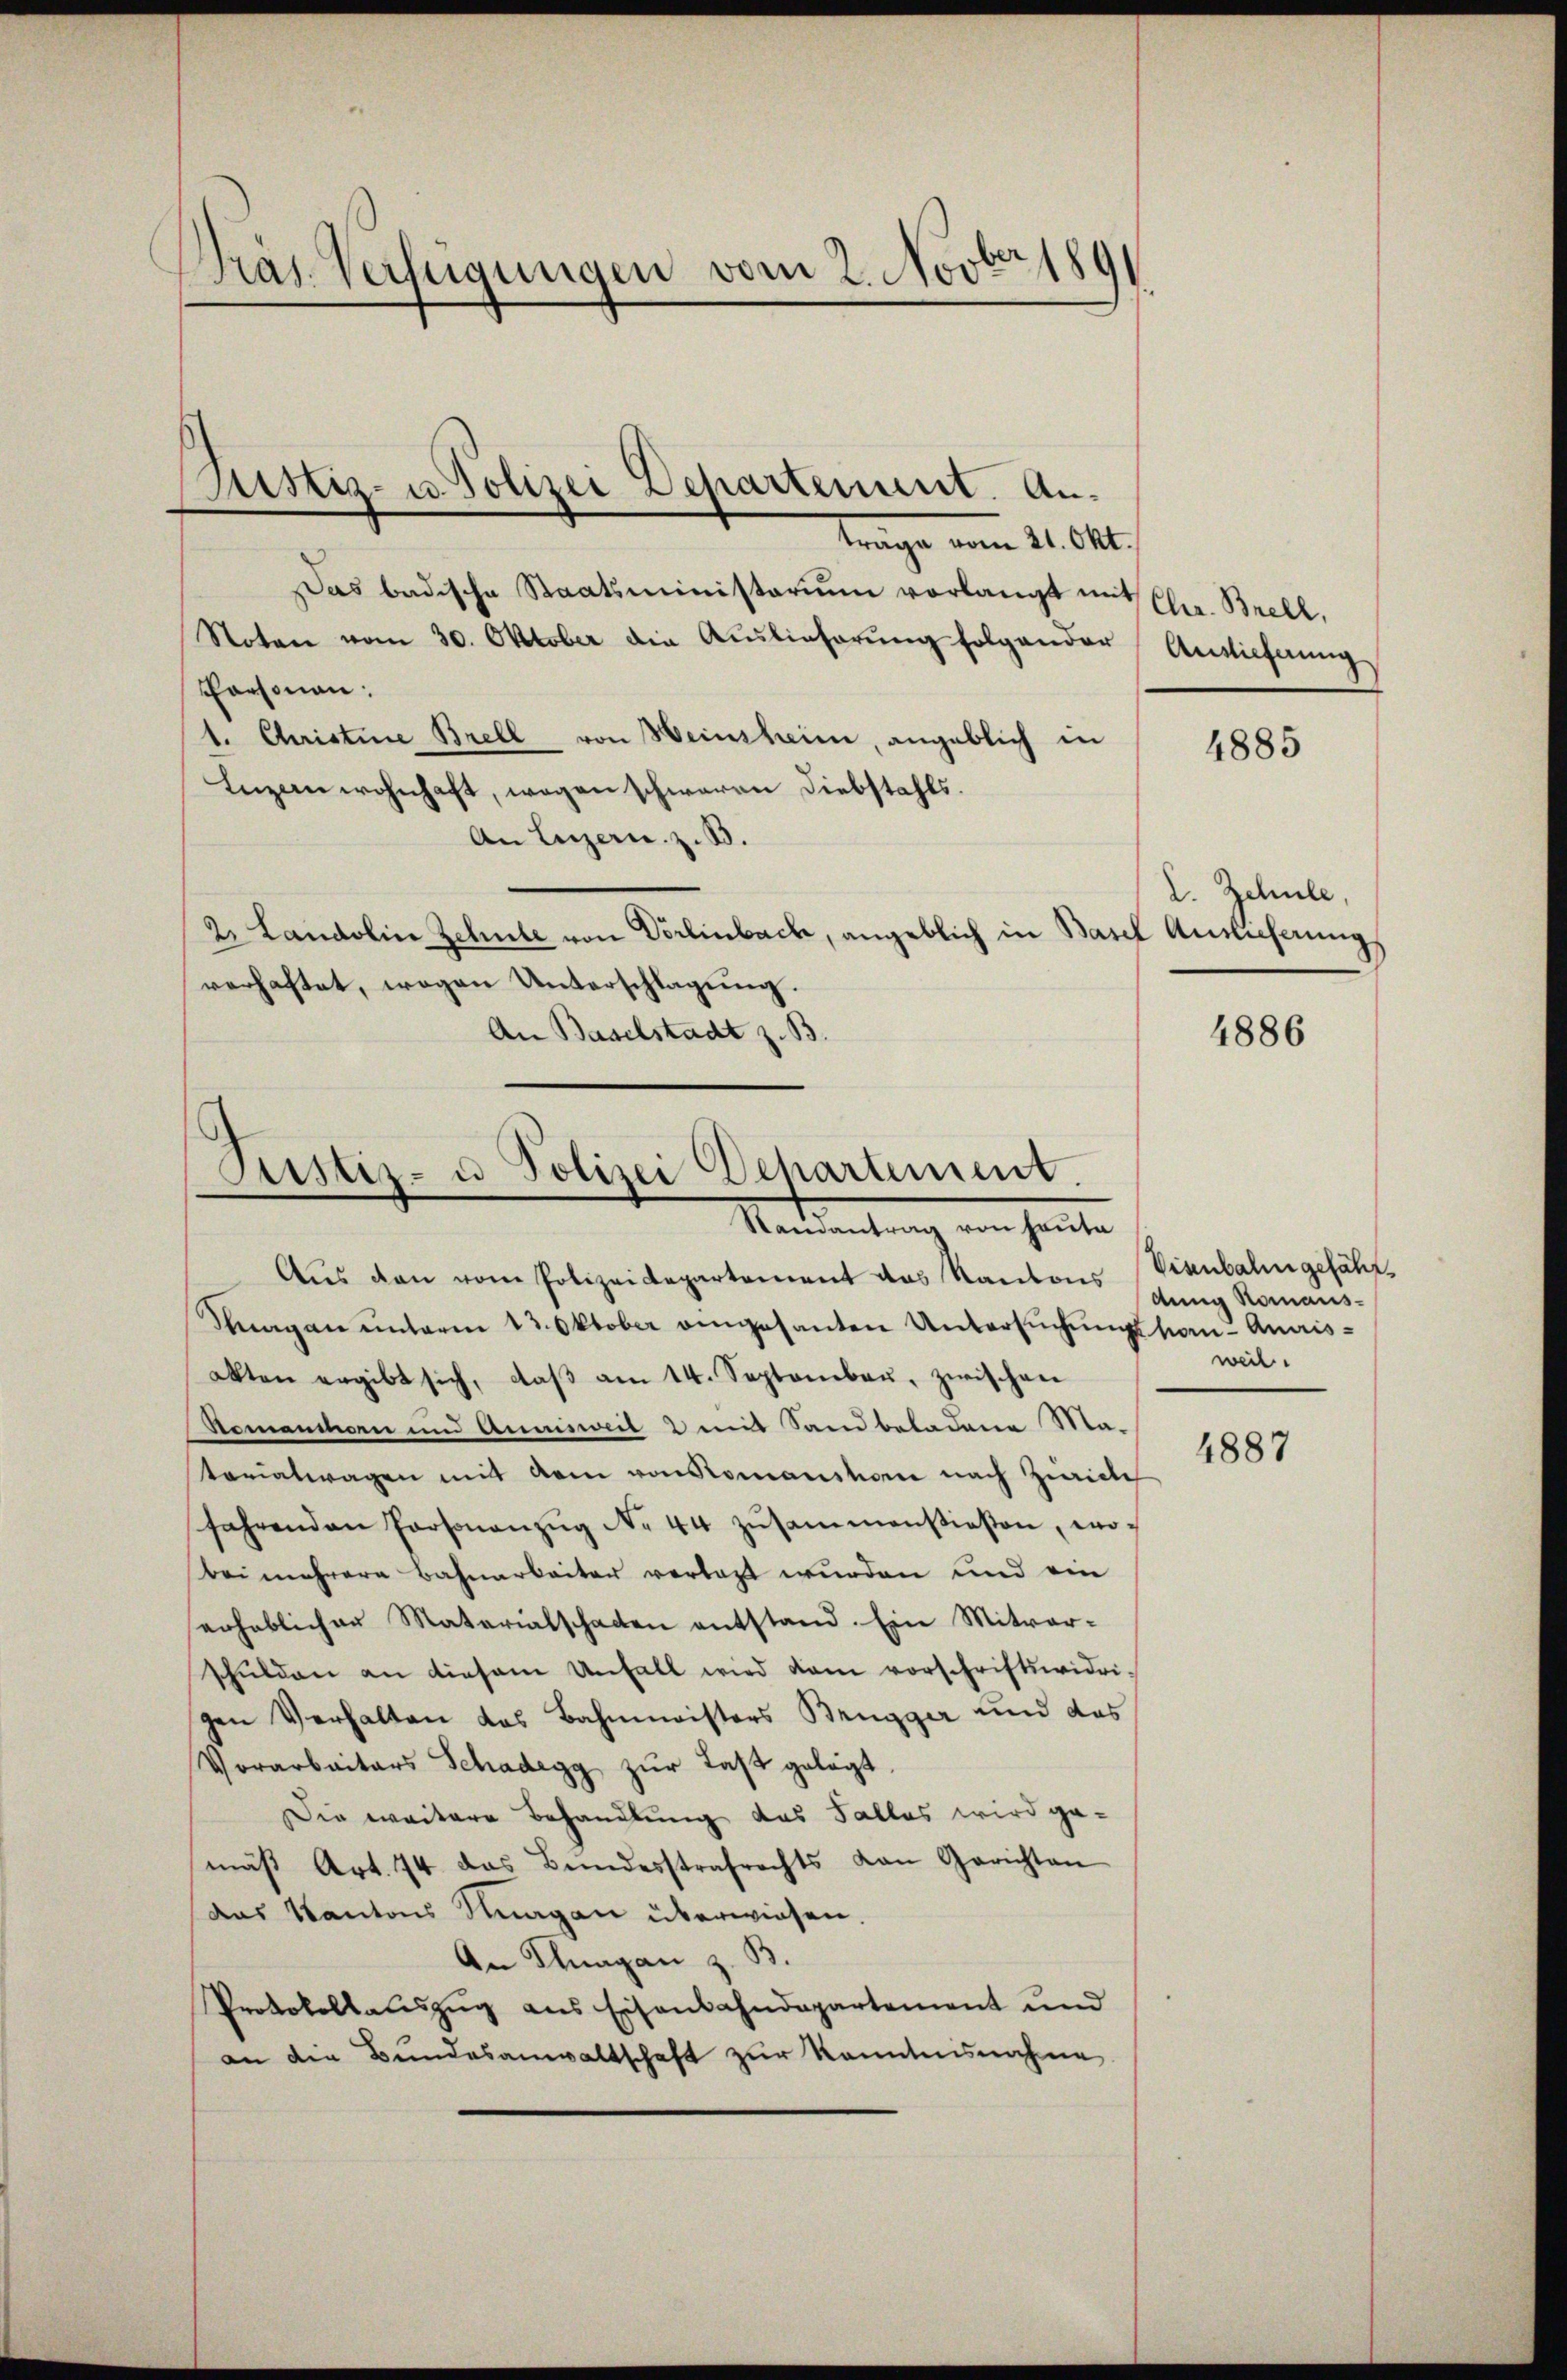
Präs. Verfügungen vom 2. Novbr 189

Das badische Staatsministerium vorlangt mit Chr. Brell,
Noten vom 30. Oktober die Auslieferŭng folgender Auslieferung
Personau:
1. Christine Brell von Heinsheim, angeblich in  4885
Inzen wohnhaft, wegen schweren Diebstahls.
An Luzern, z. B.
2. Landolin Zehnte von Dörlinbach, angeblich in Basel Auslieferung
verhaftet, wegen Unterschlagung.
An Baselstadt z. B.

ustiz- u. Polizei Departement. Antrange vom 21. Okt.

Aus den vom Polizeidepartement das Kantons
Sagan unterm 13. Oktober angesanten Untersuchungskom-Amisakten ergibt sich, daβ am 14. September, zwischen
Remanchorn und Annisweil 2 mit Sandbeladene Ma-
torialwagen mit dem von Romanshome nach Zürich
fahrenden Personanzŭg No 44 zŭsammenstießen, wo-
bei mehrere Bahnarbeiter verlast wurden und ein
erheblicher Materialschaden entstand. Ein Mitworschulden an diesem Unfall wird dem vorschriftswidri-
gen Verhalten das Bahnwisters Brugger und das
Vorarbaitars Schadegg zur Last gelegt.
Die weitere Behandlung das Falles wird ge-
mäβ Art. 74 das Bundesstrafrechts von Gerichten
das Kantons Knagen überwiesen.
An Klagan z. B.
Protokollauszug aus Eisenbahndepartement und
an die Bundesanwaltschaft zur Kenntnisnahme

Justiz- u Polizei Departement.
Randantrag von heute

L. Schule,

4886

Visenbahn gefährdung Nomans-
weil.

4887